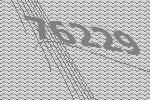
76229